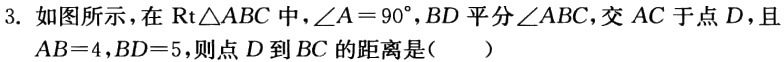
3. 如图所示，在$\text{Rt}\triangle ABC$中，$\angle A = 90^{\circ}$，$BD$平分$\angle ABC$，交$AC$于点$D$，且$AB = 4$，$BD = 5$，则点$D$到$BC$的距离是(  )